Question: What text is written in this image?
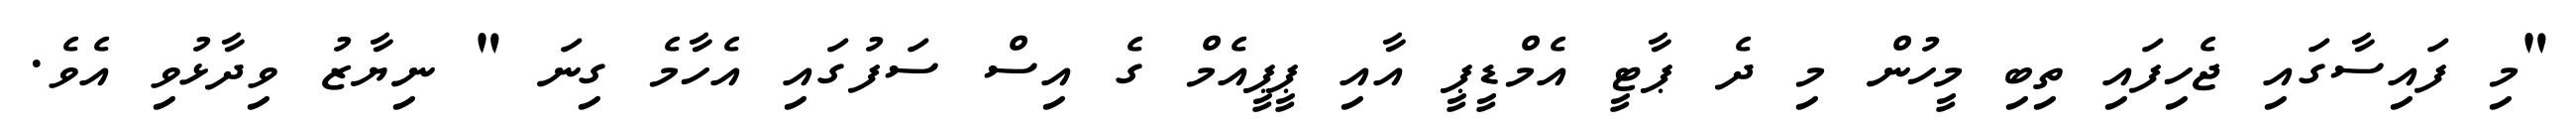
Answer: "މި ފައިސާގައި ޖެހިފައި ތިބި މީހުން މި ދެ ޕާޓީ އެމްޑީޕީ އާއި ޕީޕީއެމް ގެ އިސް ސަފުގައި އެހާމެ ގިނަ " ނިޔާޒު ވިދާޅުވި އެވެ.